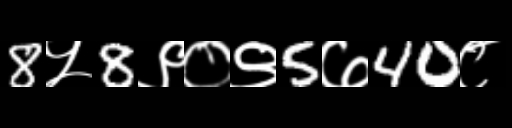
Text: 8५8९०९5७40८